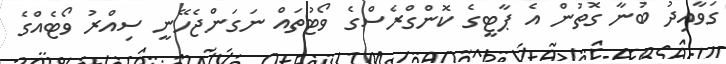
ގަވާއިދު ބުނާ ގޮތުން އެ ޕާޓީގެ ކޮންގްރެސްގެ ވޯޓުތައް ނަގަންޖެހޭނީ ސިއްރު ވޯޓެއްގެ